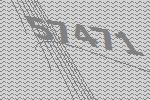
57471